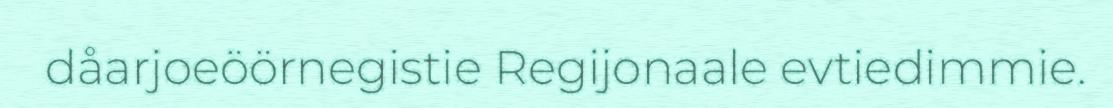
dåarjoeöörnegistie Regijonaale evtiedimmie.